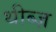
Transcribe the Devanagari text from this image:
थीब्ज़